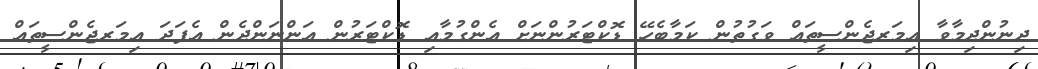
ދިނުންދިމާވާ އިމަރޖެންސީތައް ވަގުތުން ކަމާބެހޭ ޑޮކްޓަރުންނަށް އެންގުމާއި ޑޮކްޓަރުން އަންނަންދެން އެފަދަ އިމަރޖެންސީތައް